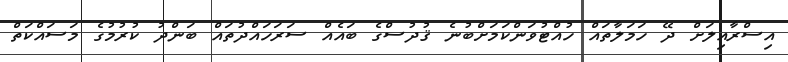
އިސްރާއިލަށް ދޭ ހަމަލާތައް ހުއްޓުވަންކަމަށްބުނެ ޤުދުސްގެ ބައެއް ސަރަހައްދުތައް ބަންދު ކުރުމުގެ މަސައްކަތް